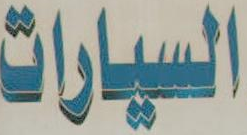
السيارات